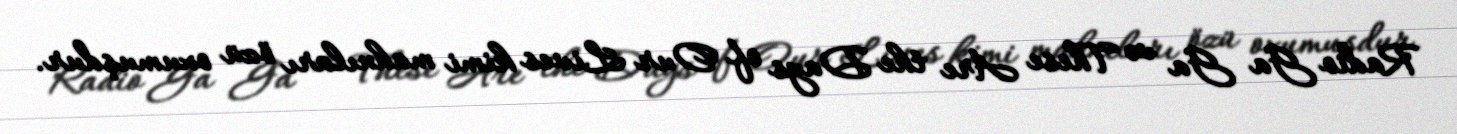
Radio Ga Ga və These Are the Days of Our Lives kimi mahnıları özü oxumuşdur.